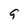
Character: 9